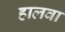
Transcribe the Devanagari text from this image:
हालवा